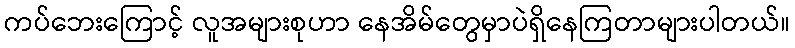
ကပ်ဘေးကြောင့် လူအများစုဟာ နေအိမ်တွေမှာပဲရှိနေကြတာများပါတယ်။